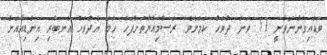
ވަޑައިގަންނަވާނީ 17 ވަނަ ދުވަހު ކަމަށެވެ. ރަސްމިއްޔާތަށްފަހު ހަމަ އެދުވަހު އެނބުރި އިންޑިއާއަށް